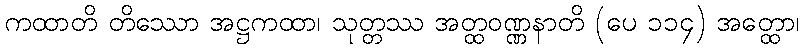
ကထာတိ တိဿော အဋ္ဌကထာ၊ သုတ္တဿ အတ္ထဝဏ္ဏနာတိ (ပေ ၁၁၄) အတ္ထော၊